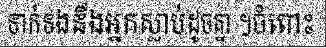
ទាក់ទងនឹងអ្នកស្លាប់ដូចគ្នា ។ចំពោះ